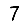
Digit: 7